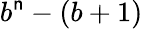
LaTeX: b^{\mathsf{n}}-(b+1)